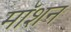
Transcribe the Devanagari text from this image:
माॅशन